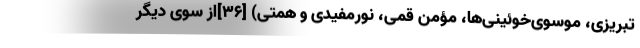
تبریزی، موسوی‌خوئینی‌ها، مؤمن قمی، نورمفیدی و همتی) [۳۶]از سوی دیگر